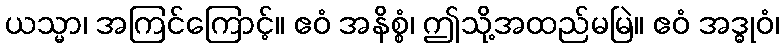
ယသ္မာ၊ အကြင်ကြောင့်။ ဧဝံ အနိစ္စံ၊ ဤသို့အထည်မမြဲ။ ဧဝံ အဒ္ဓုဝံ၊